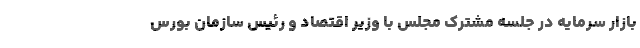
بازار سرمایه در جلسه مشترک مجلس با وزیر اقتصاد و رئیس سازمان بورس